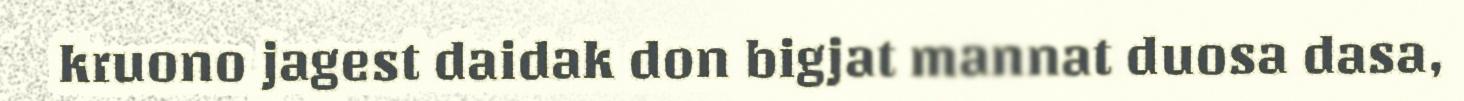
kruono jagest daidak don bigjat mannat duosa dasa,